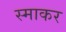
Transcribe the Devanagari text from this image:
स्‍माकर